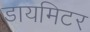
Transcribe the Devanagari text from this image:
डायमिटर